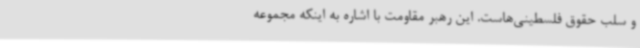
و سلب حقوق فلسطینی‌هاست. این رهبر مقاومت با اشاره به اینکه مجموعه